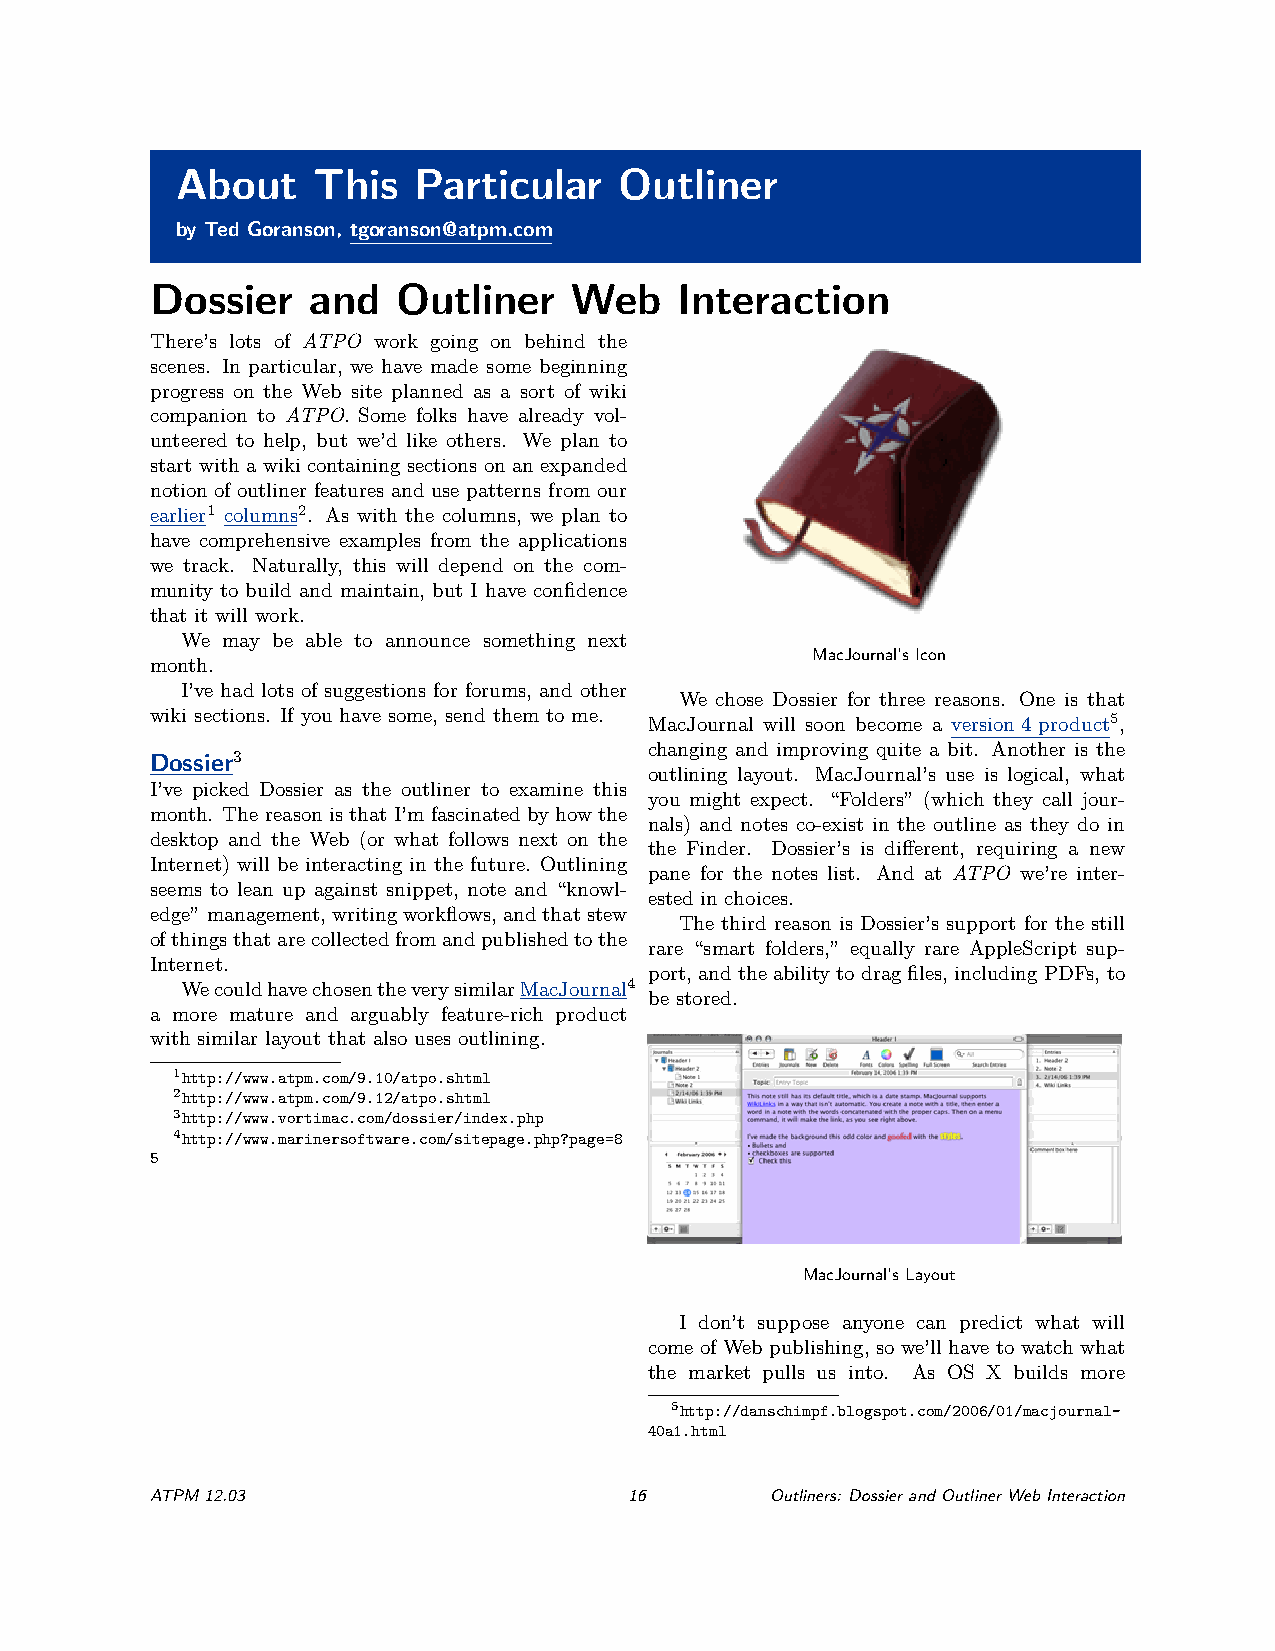
About    This  Particular    Outliner
 by Ted Goranson, tgoranson@atpm.com
 Dossier   and   Outliner    Web    Interaction
 There’s lots of ATPO work going on behind the
 scenes. In particular, we have made some beginning
 progress on the Web site planned as a sort of wiki
 companion to ATPO. Some folks have already vol-
 unteered to help, but we’d like others. We plan to
 start with a wiki containing sections on an expanded
 notion of outliner features and use patterns from our
 earlier1 columns2. As with the columns, we plan to
 have comprehensive examples from the applications
 we track. Naturally, this will depend on the com-
 munity to build and maintain, but I have confidence
 that it will work.
 We may be able to announce something next
 MacJournal’sIcon
 month.
 I’ve had lots of suggestions for forums, and other
 We chose Dossier for three reasons. One is that
 wiki sections. If you have some, send them to me.
 MacJournal will soon become a version 4 product5,
 changing and improving quite a bit. Another is the
 Dossier3
 outlining layout. MacJournal’s use is logical, what
 I’ve picked Dossier as the outliner to examine this
 you might expect. “Folders” (which they call jour-
 month. The reason is that I’m fascinated by how the
 nals) and notes co-exist in the outline as they do in
 desktop and the Web (or what follows next on the
 the Finder. Dossier’s is different, requiring a new
 Internet) will be interacting in the future. Outlining
 pane for the notes list. And at ATPO we’re inter-
 seems to lean up against snippet, note and “knowl-
 ested in choices.
 edge”management,writingworkflows,andthatstew
 The third reason is Dossier’s support for the still
 ofthingsthatarecollectedfromandpublishedtothe
 rare “smart folders,” equally rare AppleScript sup-
 Internet.
 port, andtheabilitytodragfiles, includingPDFs, to
 WecouldhavechosentheverysimilarMacJournal4
 be stored.
 a more mature and arguably feature-rich product
 with similar layout that also uses outlining.
 1http://www.atpm.com/9.10/atpo.shtml
 2http://www.atpm.com/9.12/atpo.shtml
 3http://www.vortimac.com/dossier/index.php
 4http://www.marinersoftware.com/sitepage.php?page=8
 5
 MacJournal’sLayout
 I don’t suppose anyone can predict what will
 come of Web publishing, so we’ll have to watch what
 the market pulls us into. As OS X builds more
 5http://danschimpf.blogspot.com/2006/01/macjournal-
 40a1.html
 ATPM12.03                       16       Outliners: DossierandOutlinerWebInteraction